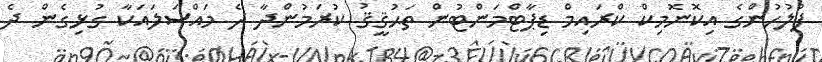
ފުލުހުންގެ އިކޮނޮމިކް ކްރައިމް ޑިޕާޓްމަންޓުން ތަޙުޤީޤު ކުރަމުންދާ ދެ މައްސަލައަކާ ގުޅިގެން ދެ